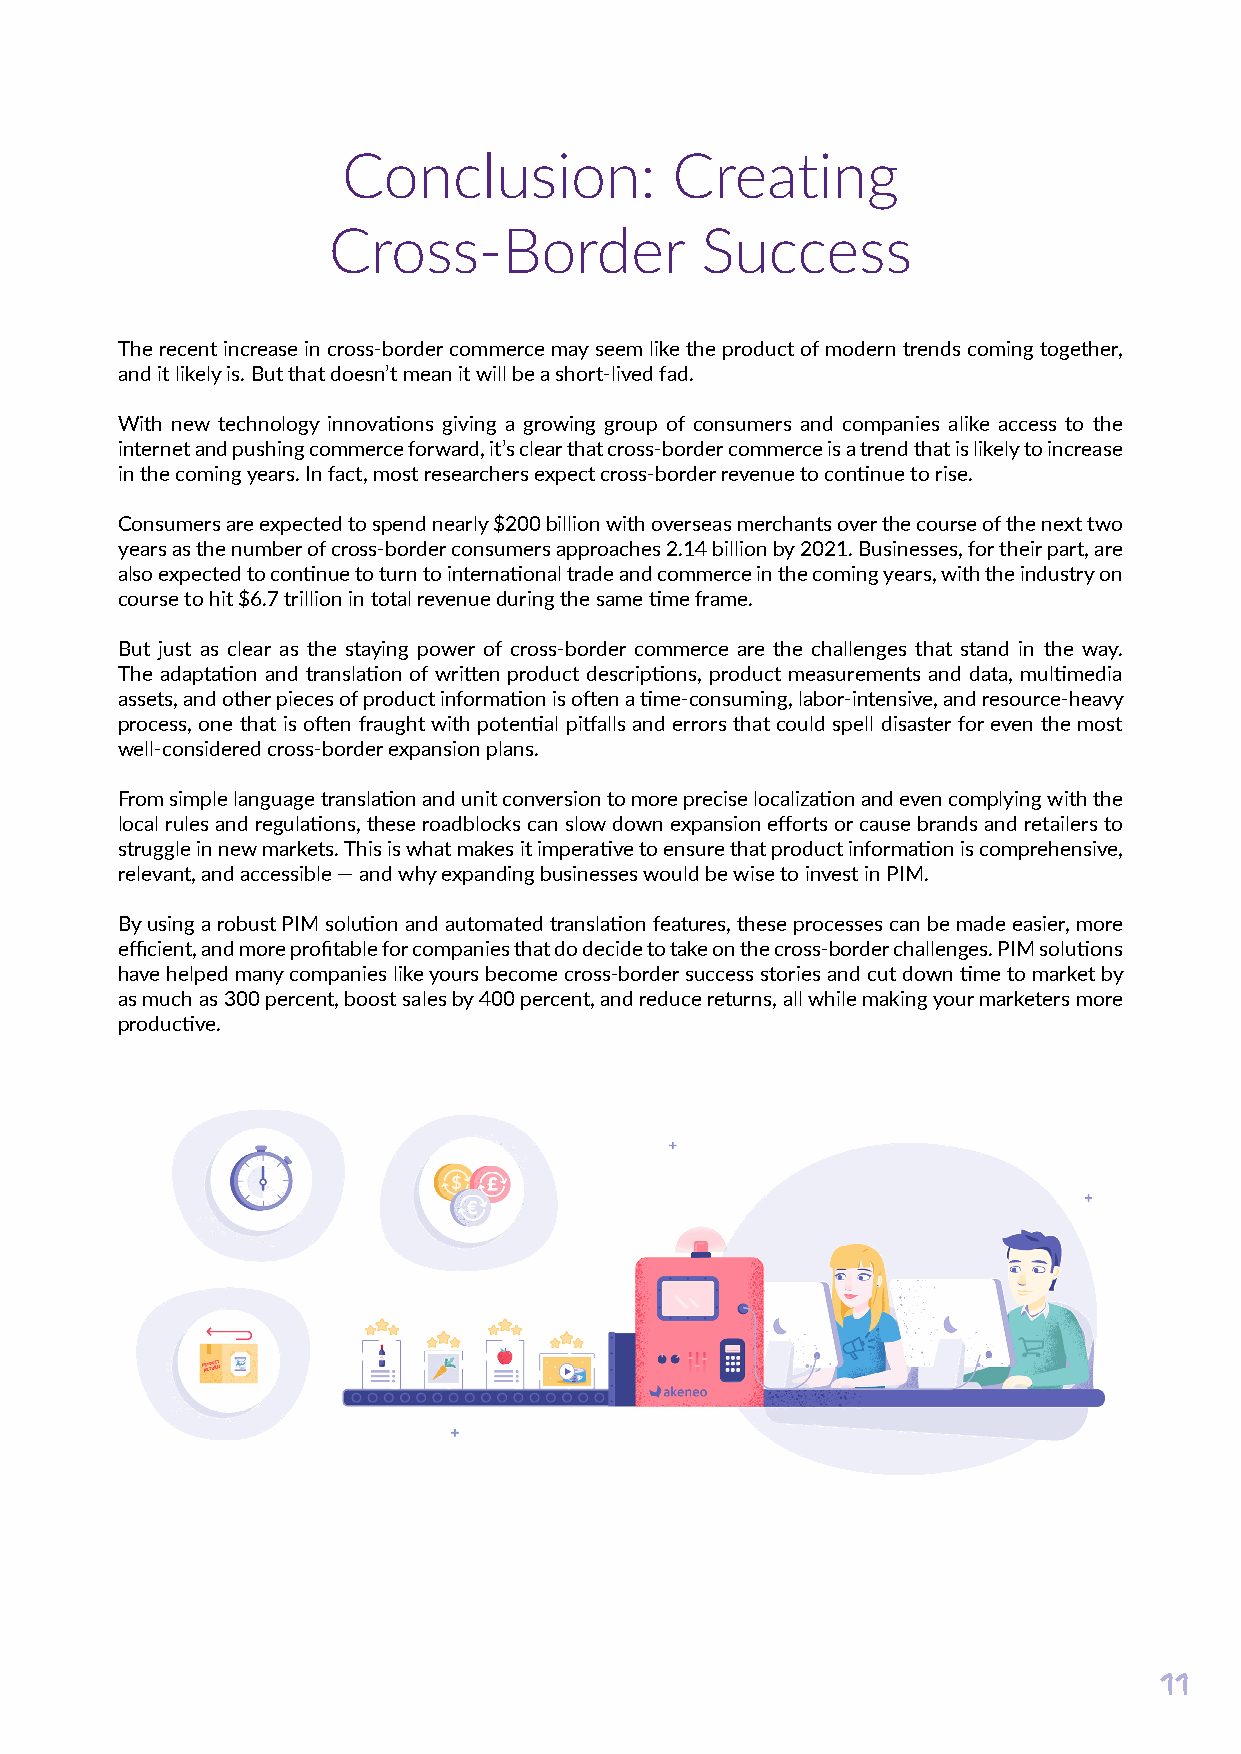
Conclusion:          Creating
 Cross-Border            Success
 The recent increase in cross-border commerce may seem like the product of modern trends coming together,
 and it likely is. But that doesn’t mean it will be a short-lived fad.
 With new technology innovations giving a growing group of consumers and companies alike access to the
 internet and pushing commerce forward, it’s clear that cross-border commerce is a trend that is likely to increase
 in the coming years. In fact, most researchers expect cross-border revenue to continue to rise.
 Consumers are expected to spend nearly $200 billion with overseas merchants over the course of the next two
 years as the number of cross-border consumers approaches 2.14 billion by 2021. Businesses, for their part, are
 also expected to continue to turn to international trade and commerce in the coming years, with the industry on
 course to hit $6.7 trillion in total revenue during the same time frame.
 But just as clear as the staying power of cross-border commerce are the challenges that stand in the way.
 The adaptation and translation of written product descriptions, product measurements and data, multimedia
 assets, and other pieces of product information is often a time-consuming, labor-intensive, and resource-heavy
 process, one that is often fraught with potential pitfalls and errors that could spell disaster for even the most
 well-considered cross-border expansion plans.
 From simple language translation and unit conversion to more precise localization and even complying with the
 local rules and regulations, these roadblocks can slow down expansion efforts or cause brands and retailers to
 struggle in new markets. This is what makes it imperative to ensure that product information is comprehensive,
 relevant, and accessible — and why expanding businesses would be wise to invest in PIM.
 By using a robust PIM solution and automated translation features, these processes can be made easier, more
 efficient, and more profitable for companies that do decide to take on the cross-border challenges. PIM solutions
 have helped many companies like yours become cross-border success stories and cut down time to market by
 as much as 300 percent, boost sales by 400 percent, and reduce returns, all while making your marketers more
 productive.
 11